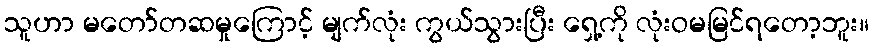
သူဟာ မတော်တဆမှုကြောင့် မျက်လုံး ကွယ်သွားပြီး ရှေ့ကို လုံးဝမမြင်ရတော့ဘူး။